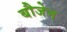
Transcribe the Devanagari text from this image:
बौजेन